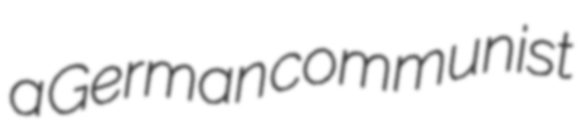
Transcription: a German communist